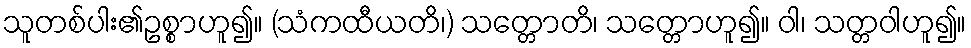
သူတစ်ပါး၏ဥစ္စာဟူ၍။ (သံကထီယတိ၊) သတ္တောတိ၊ သတ္တောဟူ၍။ ဝါ၊ သတ္တဝါဟူ၍။